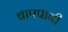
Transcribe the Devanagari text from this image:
चापपानी